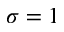
\sigma = 1